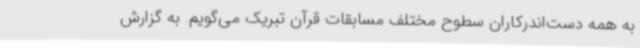
به همه دست‌اندرکاران سطوح مختلف مسابقات قرآن تبریک می‌گویم. به گزارش